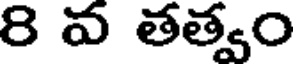
8 వ తత్వం